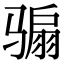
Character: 骟